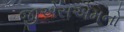
જીએસએમનો